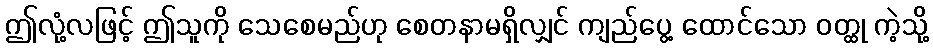
ဤလုံ့လဖြင့် ဤသူကို သေစေမည်ဟု စေတနာမရှိလျှင် ကျည်ပွေ့ ထောင်သော ဝတ္ထု ကဲ့သို့